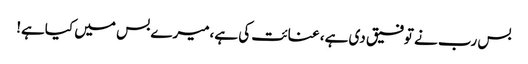
بس رب نے توفیق دی ہے، عنائت کی ہے،میرے بس میں کیاہے!